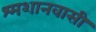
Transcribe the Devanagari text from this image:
श्मशानवासी